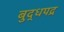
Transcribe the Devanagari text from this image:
बुद्धपद्र